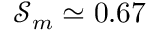
\mathcal { S } _ { m } \simeq 0 . 6 7